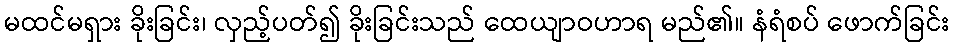
မထင်မရှား ခိုးခြင်း၊ လှည့်ပတ်၍ ခိုးခြင်းသည် ထေယျာဝဟာရ မည်၏။ နံရံစပ် ဖောက်ခြင်း